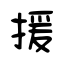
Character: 援